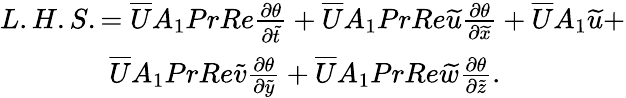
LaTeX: \begin{array}{r}{L.H.S.=\overline{{U}}A_{1}PrRe{\frac{\partial\theta}{\partial\widetilde{t}}}+\overline{{U}}A_{1}PrRe\widetilde{u}{\frac{\partial\theta}{\partial\widetilde{x}}}+\overline{{U}}A_{1}\widetilde{u}+}\\ {\overline{{U}}A_{1}PrRe\widetilde{v}{\frac{\partial\theta}{\partial\widetilde{y}}}+\overline{{U}}A_{1}PrRe\widetilde{w}{\frac{\partial\theta}{\partial\widetilde{z}}}.~~~~~~~~~~~~~~~~~}\end{array}